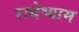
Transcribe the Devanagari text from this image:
राधेष्याम